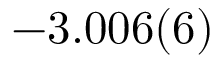
- 3 . 0 0 6 ( 6 )